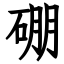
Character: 硼